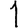
Digit: 1